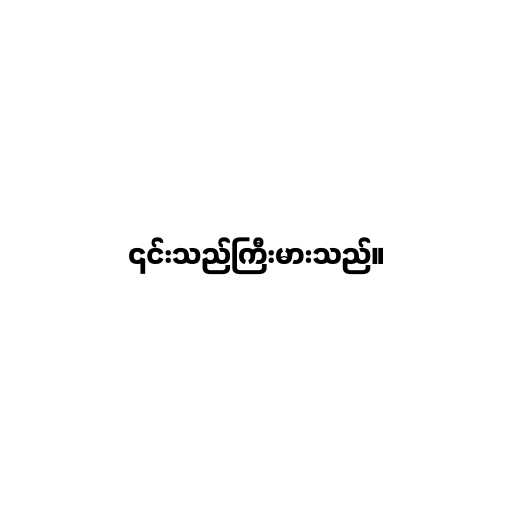
၎င်းသည်ကြီးမားသည်။